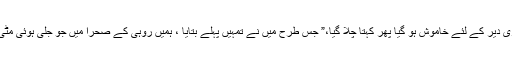
“ یہ کہہ کر وہ تھوڑی دیر کے لئے خاموش ہو گیا پھر کہتا چلا گیا،” جس طرح میں نے تمہیں پہلے بتایا ، ہمیں روہی کے صحرا میں جو جلی ہوئی مٹی کے نشان ملے ہیں۔